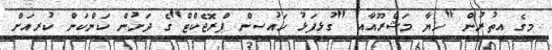
މީގެ އިތުރުން "ހިޔާ މަޝްރޫއާއި "ގުޅިފަޅު ހައުސިން ޕްރޮޖެކްޓް"ގެ ދަށުން ކަންކަން ކުރިއަށް